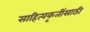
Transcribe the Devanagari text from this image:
साहित्यकृतींसाठी